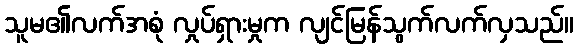
သူမ၏လက်အစုံ လှုပ်ရှားမှုက လျင်မြန်သွက်လက်လှသည်။